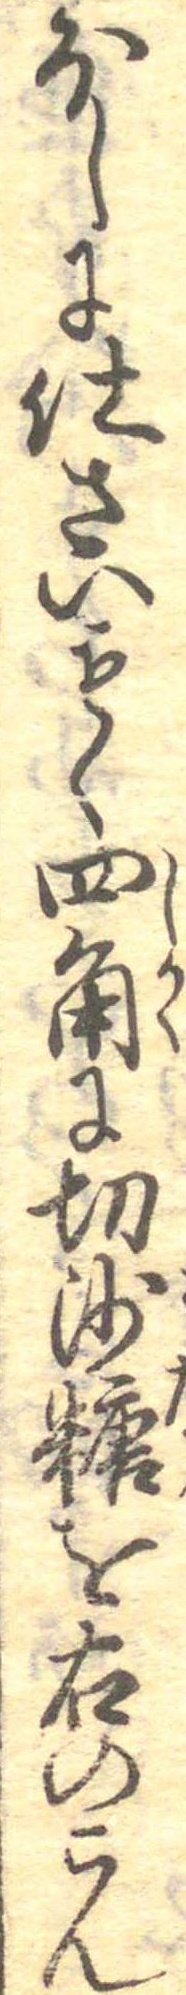
ほしに仕さいもく四角に切沙糖を右のこん